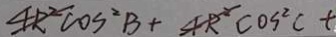
4 R ^ { 2 } \cos ^ { 2 } B + 4 R ^ { 2 } \cos ^ { 2 } c t